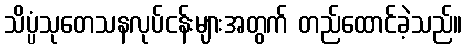
သိပ္ပံသုတေသနလုပ်ငန်းများအတွက် တည်ထောင်ခဲ့သည်။